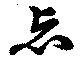
忘